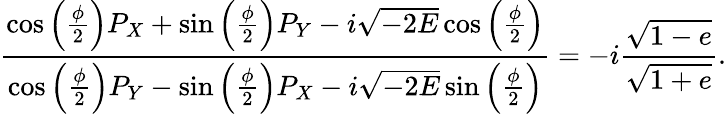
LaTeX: \frac{\cos\left(\frac{\phi}{2}\right)P_{X}+\sin\left(\frac{\phi}{2}\right)P_{Y}-i\sqrt{-2E}\cos\left(\frac{\phi}{2}\right)}{\cos\left(\frac{\phi}{2}\right)P_{Y}-\sin\left(\frac{\phi}{2}\right)P_{X}-i\sqrt{-2E}\sin\left(\frac{\phi}{2}\right)}=-i\frac{\sqrt{1-e}}{\sqrt{1+e}}.